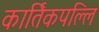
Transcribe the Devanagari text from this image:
कार्तिकपल्लि